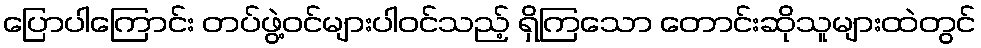
ပြောပါကြောင်း တပ်ဖွဲ့ဝင်များပါဝင်သည့် ရှိကြသော တောင်းဆိုသူများထဲတွင်